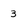
Character: 3